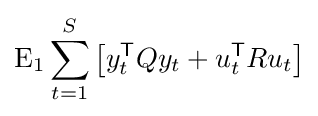
\mathrm {E} _{1}\sum _{t=1}^{S}\left[y_{t}^{\mathsf {T}}Qy_{t}+u_{t}^{\mathsf {T}}Ru_{t}\right]